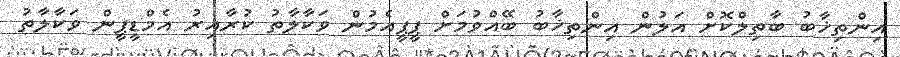
އިންތިޚާބު ބާތިލްކޮށް އަލުން އިންތިޚާބު ބޭއްވުމަށް ޕީޕީއެމުން ވަކާލާތު ކުރާއިރު އެމްޑީޕީން ވަކާލާތު